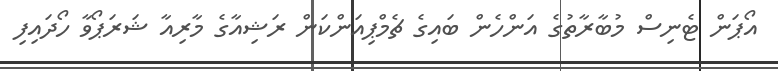
އޯޕަން ޓެނިސް މުބާރާތުގެ އަންހެން ބައިގެ ޗެމްޕިއަންކަން ރަޝިއާގެ މާރިއާ ޝަރަޕޯވާ ހޯދައިފި